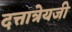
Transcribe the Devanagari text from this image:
दत्तात्रेयजी